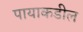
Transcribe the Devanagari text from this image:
पायाकडील